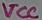
Text: VCC